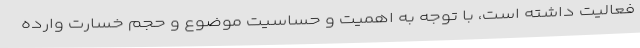
فعالیت داشته است، با توجه به اهمیت و حساسیت موضوع و حجم خسارت وارده